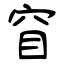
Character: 窅